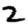
Digit: 2